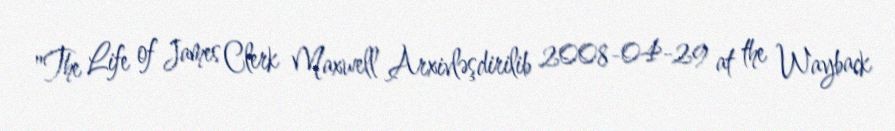
"The Life of James Clerk Maxwell Arxivləşdirilib 2008-04-29 at the Wayback